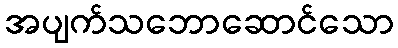
အပျက်သဘောဆောင်သော